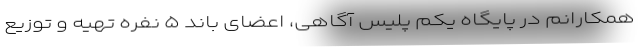
همکارانم در پایگاه یکم پلیس آگاهی، اعضای باند ۵ نفره تهیه و توزیع